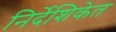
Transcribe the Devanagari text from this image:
निर्देशिकेत